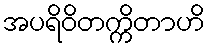
အပရိဝိတက္ကိတာဟိ